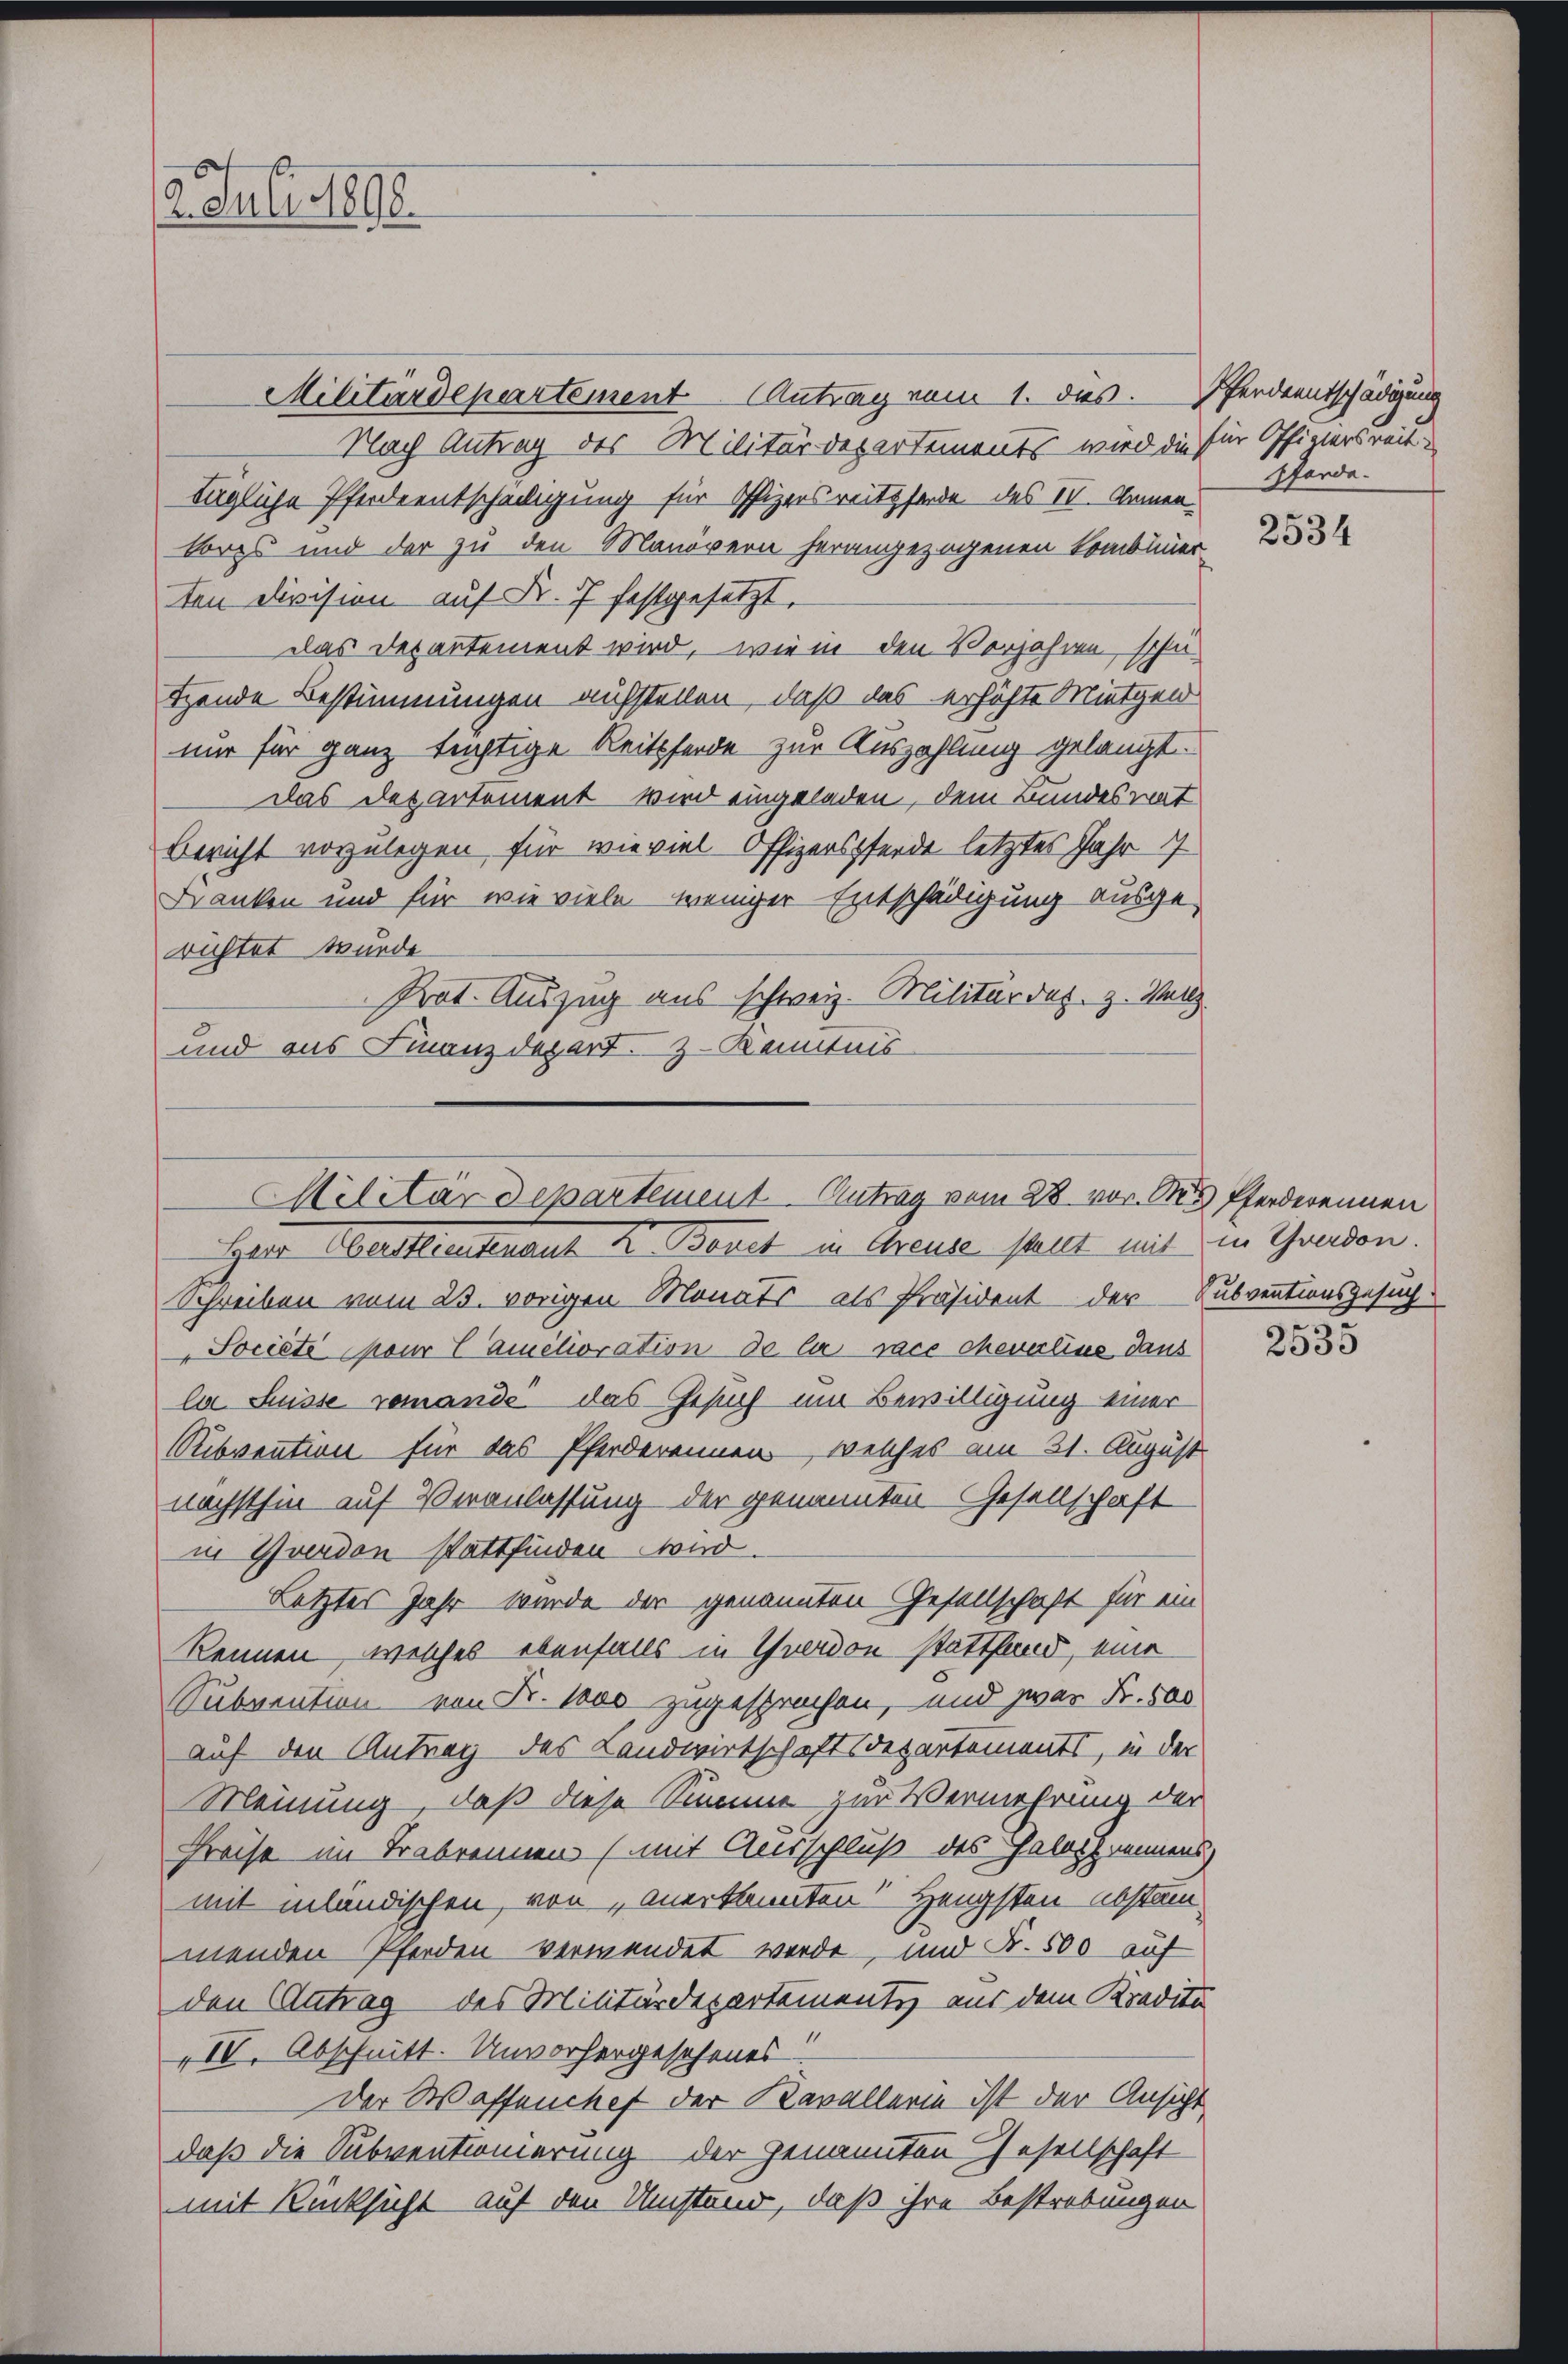
AJuli 1890.

Militärdepartement. Antrag vom 28. vor. M
Herr Geistleiterauf 2 Benet in Greute stellt mit in Ehrendon.

Militärdepartement Antrag vom 1. das Pferdentschädigung
Nach Antrag des Militärdepartements wird die für Offiziersreit
tägliche Pferdeentscheiligung für Ofizersreitsforde des IV. Armenkorps und der zu den Manövern herangezogenen Kombinier
ten division auf Fr. 7 festgesetzt.
das Departement wird, – wie in den Verjahren, schu
tzende Bestimmungen aufstellen, daß das erhöhte Mietgen
nur für ganz tüchtige Reitsferde zur Auszahlung gelangt.
Das Departement wird eingeladen, dem Bundesrat
Bericht vorzulegen für wieviel Offizerspferde letztes Jahr 17
Danken und für wie viele weniger Entschädigung ausge-
richtet wurde
Prot. Auszug aus schweiz. Militär das. z. Satz.
und aus Finanzdepart. Z. Kenntnis

Pferde.

Schreiben vom 23. vorigen Monats als Präsident der Subventionsgesuch
Société pour l’amélioration de la race cheverlise dans
la Suisse remande das Gesuch um Bewilligung einer
Ribvention für das Pferderennen, welches am 21. August
nächsthin auf Veranlassung der genannten Gesellschaft
in Gwerden stattfinden wird.
Letztes Jahr wurde der genannten Gesellschaft für ein
kennen, welches ebenfalls in Yverdon stattfand, eine
Subvention von Fr. 1000 zugesprochen, und zwar Fr. 500
auf den Antrag des Landwirtschaftsdepartements, in der
Meinung, daß diese Summe zur Vermehrung der
Preise im Trabrennen (mit Ausschluß des Halosbrennens
mit inländischen, von anerkannten Hengsten Abstammenden Pferden verwendet werde, und Fr. 500 auf
den Antrag des Militärdepartemente aus dem Kredita
III. Abschnitt. Unvorhergesehenes
der Waffenchef der Kavallerie ist der Ansicht
daß die Subventionierung der genannten Gesellschaft
mit Rücksicht auf den Umstand, daß ihre Bestrebungen

2534

Pferderennen

2535